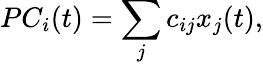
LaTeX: PC_{i}(t)=\sum_{j}c_{ij}x_{j}(t),